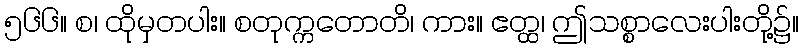
၅၆၆။ စ၊ ထိုမှတပါး။ စတုက္ကတောတိ၊ ကား။ ဧတ္ထ၊ ဤသစ္စာလေးပါးတို့၌။